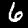
Label: 6